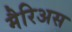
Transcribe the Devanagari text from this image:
मैरिअस